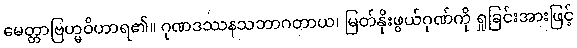
မေတ္တာဗြဟ္မဝိဟာရ၏။ ဂုဏဒဿနသဘာဂတာယ၊ မြတ်နိုးဖွယ်ဂုဏ်ကို ရှုခြင်းအားဖြင့်